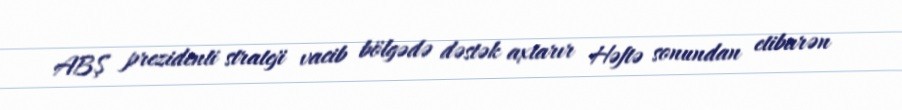
ABŞ prezidenti strateji vacib bölgədə dəstək axtarır Həftə sonundan etibarən